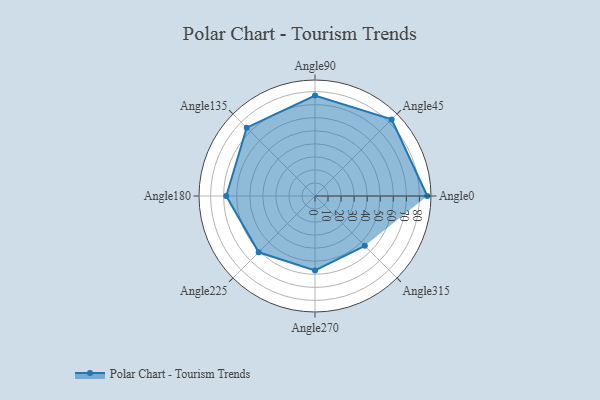
{"axis": {"x": "Angle", "y": "Radius"}, "legend": [""], "data": [{"x": "Angle0", "y": 86.0, "type": ""}, {"x": "Angle45", "y": 83.0, "type": ""}, {"x": "Angle90", "y": 77.0, "type": ""}, {"x": "Angle135", "y": 74.0, "type": ""}, {"x": "Angle180", "y": 68.0, "type": ""}, {"x": "Angle225", "y": 61.0, "type": ""}, {"x": "Angle270", "y": 57.0, "type": ""}, {"x": "Angle315", "y": 54.0, "type": ""}]}